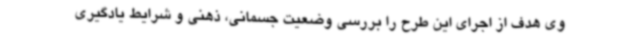
وی هدف از اجرای این طرح را بررسی وضعیت جسمانی، ذهنی و شرایط یادگیری